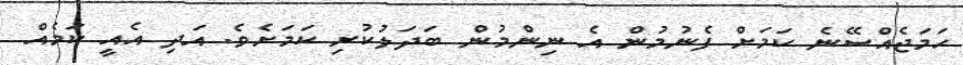
ހަމަޖެއްސޭނެ ކަމަށް ފެނުމުން އެ ނިންމުން ބަދަލުކުރި ކަމަށެވެ. އަދި އެއީ ކަމެއް